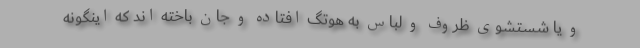
و یا شستشوی ظروف و لباس به هوتگ افتاده و جان باخته اند که اینگونه